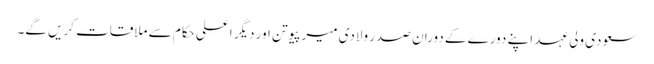
سعودی ولی عہد اپنے دورے کے دوران صدر ولادی میر پیوتن اور دیگر اعلی حکام سے ملاقات کریں گے۔